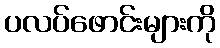
ပလပ်ဖောင်းများကို